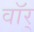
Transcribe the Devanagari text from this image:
वॉर्